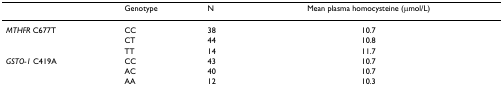
<table><thead><tr><td></td><td><b>Genotype</b></td><td><b>N</b></td><td><b>Mean plasma homocysteine (μmol/L)</b></td></tr></thead><tbody><tr><td><i>MTHFR </i>C677T</td><td>CC</td><td>38</td><td>10.7</td></tr><tr><td></td><td>CT</td><td>44</td><td>10.8</td></tr><tr><td></td><td>TT</td><td>14</td><td>11.7</td></tr><tr><td><i>GSTO-1 </i>C419A</td><td>CC</td><td>43</td><td>10.7</td></tr><tr><td></td><td>AC</td><td>40</td><td>10.7</td></tr><tr><td></td><td>AA</td><td>12</td><td>10.3</td></tr></tbody></table>